Vaccination in Bombay 1863-1868 - 1863-1868
Year: 1863
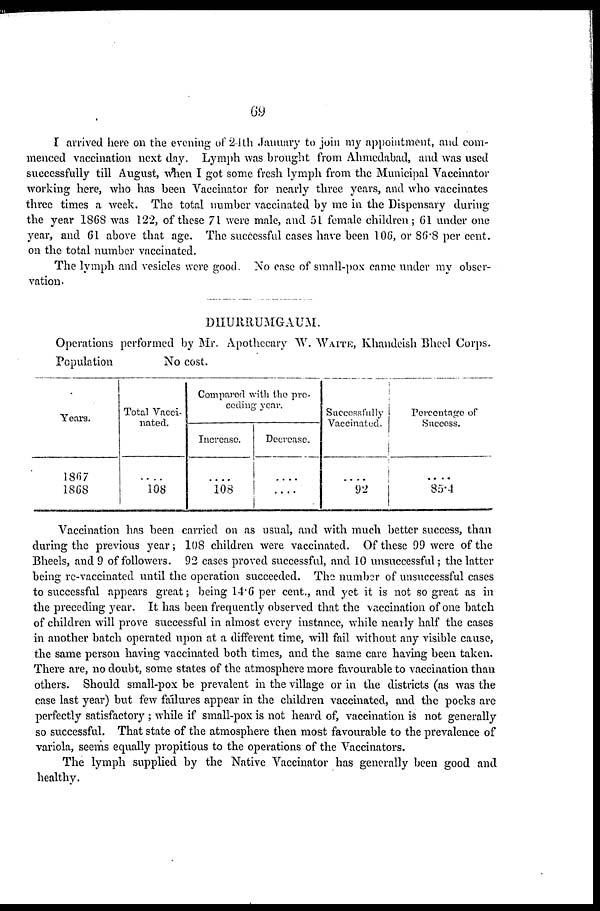
69
I arrived here on the evening of 24th January to join my appointment, and com-
menced vaccination next day. Lymph was brought from Ahmedabad, and was used
successfully till August, when I got some fresh lymph from the Municipal Vaccinator
working here, who has been Vaccinator for nearly three years, and who vaccinates
three times a week. The total number vaccinated by me in the Dispensary during
the year 1868 was 122, of these 71 were male, and 51 female children; 61 under one
year, and 61 above that age. The successful cases have been 106, or 86.8 per cent.
on the total number vaccinated.
The lymph and vesicles were good. No case of small-pox came under my obser-
vation-
DHURRUMGAUM.
Operations performed by Mr. Apothecary W. WAITE, Khandeish Bheel Corps.
Population
No cost.
Years.
1867
1868
Total Vacci-
nated.
....
108
Compared with the pre-
ceding year.
Increase.
....
108
Decrease.
....
....
Successfully
Vaccinated.
....
92
Percentage of
Success.
....
85.4
Vaccination has been carried on as usual, and with much better success, than
during the previous year; 108 children were vaccinated. Of these 99 were of the
Bheels, and 9 of followers. 92 cases proved successful, and 10 unsuccessful; the latter
being re-vaccinated until the operation succeeded. The number of unsuccessful cases
to successful appears great; being 14.6 per cent., and yet it is not so great as in
the preceding year. It has been frequently observed that the vaccination of one batch
of children will prove successful in almost every instance, while nearly half the cases
in another batch operated upon at a different time, will fail without any visible cause,
the same person having vaccinated both times, and the same care having been taken.
There are, no doubt, some states of the atmosphere more favourable to vaccination than
others. Should small-pox be prevalent in the village or in the districts (as was the
case last year) but few failures appear in the children vaccinated, and the pocks are
perfectly satisfactory ; while if small-pox is not heard of, vaccination is not generally
so successful. That state of the atmosphere then most favourable to the prevalence of
variola, seems equally propitious to the operations of the Vaccinators.
The lymph supplied by the Native Vaccinator has generally been good and
healthy.